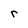
Character: r